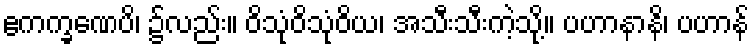
ဧကက္ခဏေပိ၊ ၌လည်း။ ဝိသုံဝိသုံဝိယ၊ အသီးသီးကဲ့သို့။ ပဟာနာနိ၊ ပဟာန်